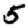
Digit: 5